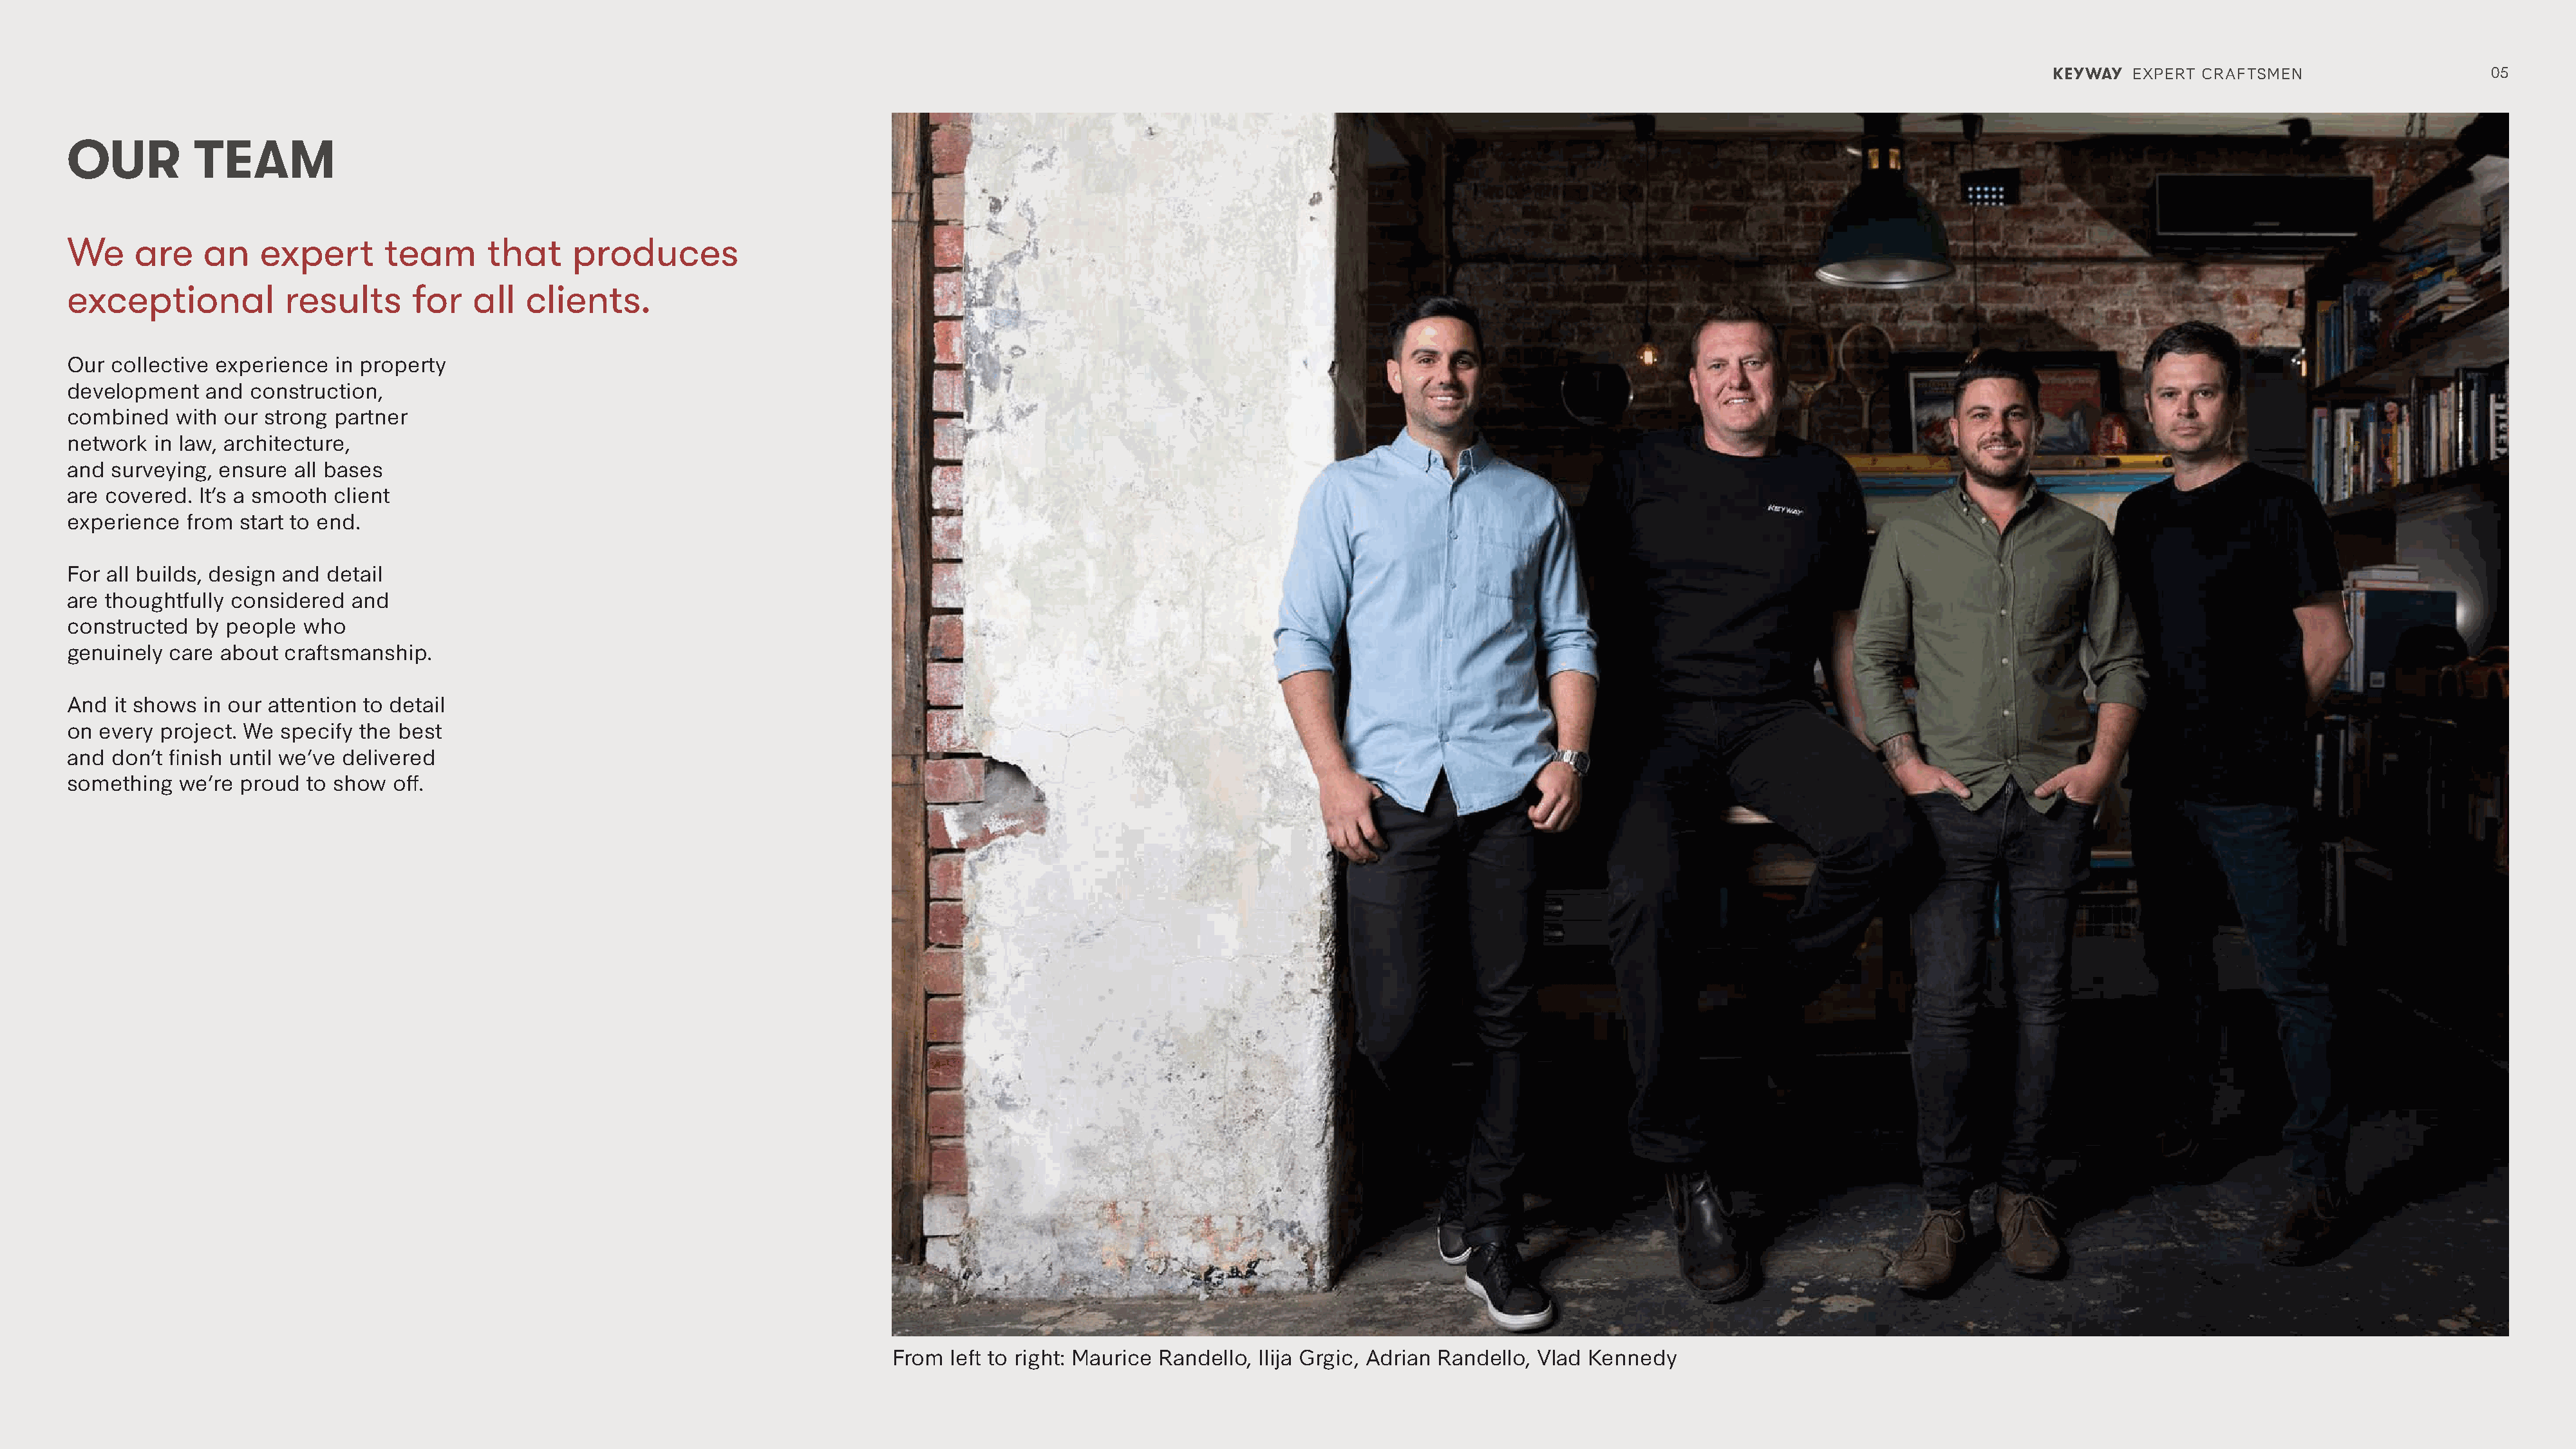
KEYWAY  EXPERT CRAFTSMEN                     05
 OUR          TEAM
 We     are    an    expert       team      that     produces
 exceptional           results      for    all  clients.
 Our collective experience  in property
 development   and  construction,
 combined   with our strong partner
 network  in law, architecture,
 and surveying,  ensure all bases
 are covered. It’s a smooth client
 experience  from  start to end.
 For all builds, design and detail
 are thoughtfully considered  and
 constructed  by people  who
 genuinely care  about craftsmanship.
 And  it shows in our attention to detail
 on every project. We  specify the best
 and don’t finish until we’ve delivered
 something  we’re  proud  to show off.
 From  left to right: Maurice Randello, Ilija Grgic, Adrian Randello, Vlad Kennedy